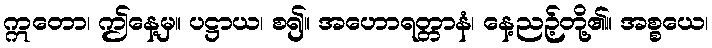
ဣတော၊ ဤနေ့မှ။ ပဋ္ဌာယ၊ စ၍။ အဟောရတ္တာနံ၊ နေ့ညဉ့်တို့၏။ အစ္စယေ၊